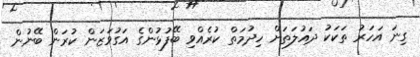
ގިނަ އަހަރު ތަކަކު ދައުލަތަށް ހިދުމަތް ކުރެއްވި ބޭފުޅުންގެ އަގުވަޒަން ކުރަން ބޭނުން